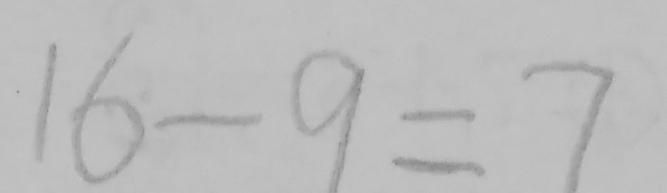
1 6 - 9 = 7